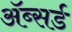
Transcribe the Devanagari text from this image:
ॲब्सर्ड